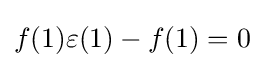
f(1)\varepsilon (1)-f(1)=0